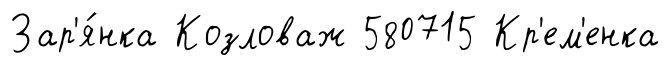
Зар'я́нка Козловаж 580715 Кр'ем'енка